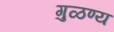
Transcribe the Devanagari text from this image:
गुळण्य